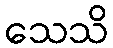
သေသိ